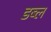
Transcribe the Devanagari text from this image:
डब्ल